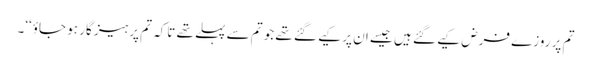
تم پر روزے فرض کیے گئے ہیں جیسے ان پر کیے گئے تھے جو تم سے پہلے تھے تاکہ تم پرہیز گار ہو جاؤ‘‘۔